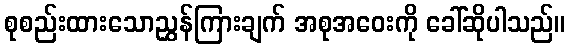
စုစည်းထားသောညွှန်ကြားချက် အစုအဝေးကို ခေါ်ဆိုပါသည်။